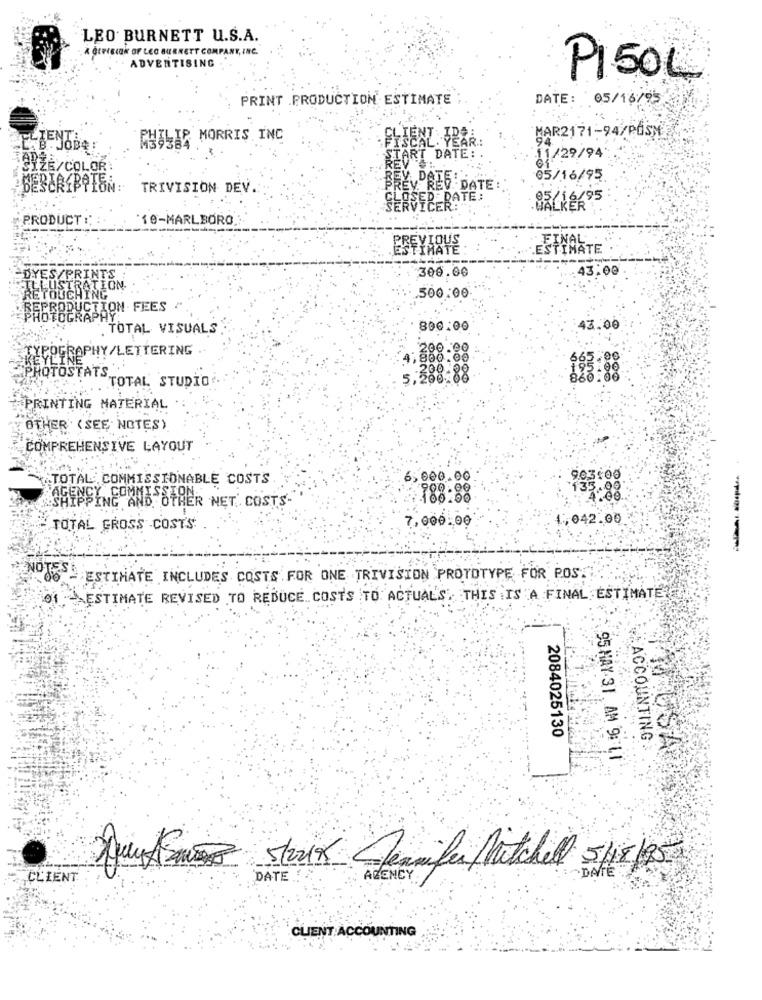
LEO BURNETT U.S.A.
A CIFISION OF LEC BURNETT COMPANY, INC.
ADVERTISING
P150L
PRINT .PRODUCTION ESTIMATE
DATE: 05/16/95
MAR2171-94/POSMİ
PHILIP MORRIS INC
CAL. YEAR .:
ID
START DATE:
11/29/94
SIZE/COLOR:
REV
05/16/95
BEBERIBOIBM:
TRIVISION DEV.
BEY DOTES
CLOSED DATE:
VIČEŘ:
PRODUCT :
'10-MARLBORO
PREVIOUS
FINAL
ESTIMATE
300.00
43.00
DYES/PRIN
ILLUSTRATION
RETOUCHING
500.00
REPRODUCTION FEES
PHOTOGRAP
TOTAL VISUALS
800.00
43.00
KELLGRAPHY/LETTERING .
. 200.00
.800.00
{PHOTOSTATS_
.200-28
TOTAL STUDIO
5,290.00
PRINTING MATERIAL
OTHER (SEE NOTES)
COMPREHENSIVE LAYOUT
TOTAL COMMISSIONABLE COSTS
6,000.00
903:00
900.00
135.00
AGENCY COMMISSION.
100.00
: 4.00
SHIPPING AND OTHER NET .. COSTS-
1,042.00
TOTAL GROSS COSTS
7,000.00
NOTES
ESTIMATE INCLUDES COSTS FOR ONE TRIVISION PROTOTYPE FOR POS.
ESTIMATE REVISED TO REDUCE COSTS TO ACTUAL'S. THIS IS A FINAL ESTIMATE
2084025130
ACCOUNTING
95 HAY 31 AM 9: 1.1
Stork Jennifer Mitchell 5/18/25
CLIENT
DATE
AGENCY
CLIENT ACCOUNTING ,